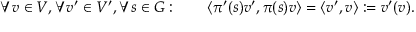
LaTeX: \forall v \in V , \forall v ^ { \prime } \in V ^ { \prime } , \forall s \in G : \qquad \left\langle \pi ^ { \prime } ( s ) v ^ { \prime } , \pi ( s ) v \right\rangle = \langle v ^ { \prime } , v \rangle : = v ^ { \prime } ( v ) .